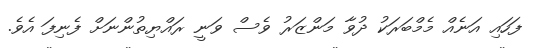
ފަހައި އަނެއް މެމްބަރަކު ދުވާ މަންޒަރު ވެސް ވަނީ ރައްޔިތުންނަށް ފެނިފަ އެވެ.